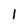
Character: 1